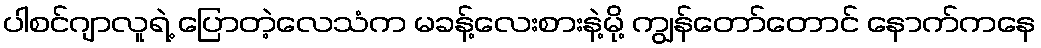
ပါစင်ဂျာလူရဲ့ ပြောတဲ့လေသံက မခန့်လေးစားနဲ့မို့ ကျွန်တော်တောင် နောက်ကနေ